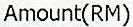
AMOUNT(RM)